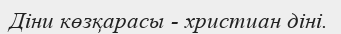
Діни көзқарасы - христиан діні.